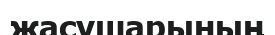
жасушарының